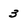
Character: 3